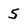
Character: 5